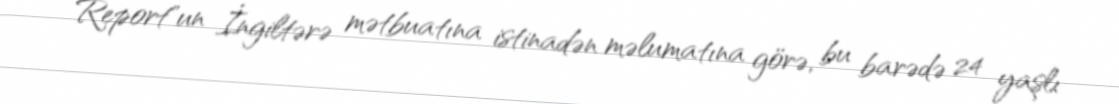
Report"un İngiltərə mətbuatına istinadən məlumatına görə, bu barədə 24 yaşlı